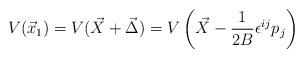
LaTeX: \begin{align*}V(\vec x_1) = V(\vec X + \vec \Delta) = V\left(\vec X - \frac{1}{2B}\epsilon^{ij} p_j\right)\end{align*}